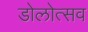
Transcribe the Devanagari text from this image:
डोलोत्सव